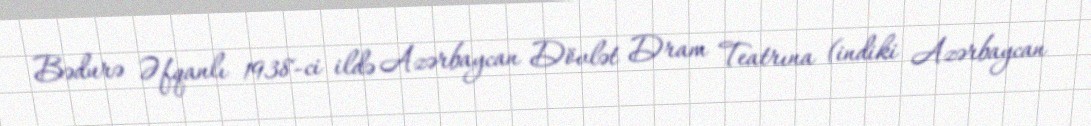
Bədurə Əfqanlı 1938-ci ildə Azərbaycan Dövlət Dram Teatrına (indiki Azərbaycan